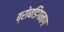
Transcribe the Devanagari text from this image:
ब्रोबडिंगनाग